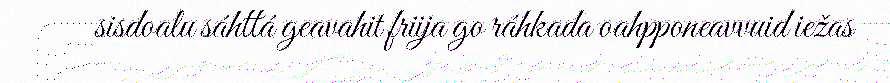
sisdoalu sáhttá geavahit friija go ráhkada oahpponeavvuid iežas